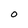
Character: O